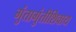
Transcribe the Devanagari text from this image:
गुंतागुंतीशिवाय